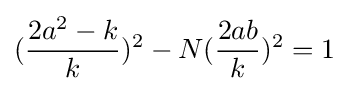
({\frac {2a^{2}-k}{k}})^{2}-N({\frac {2ab}{k}})^{2}=1